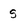
Character: s